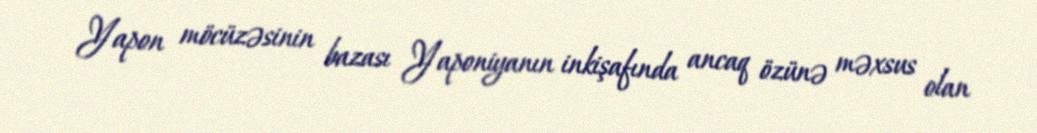
Yapon möcüzəsinin bazası Yaponiyanın inkişafında ancaq özünə məxsus olan